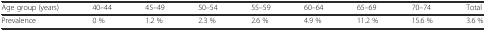
| Age group (years) | 40–44 | 45–49 | 50–54 | 55–59 | 60–64 | 65–69 | 70–74 | Total |
 | --- | --- | --- | --- | --- | --- | --- | --- | --- |
 | Prevalence | 0 % | 1.2 % | 2.3 % | 2.6 % | 4.9 % | 11.2 % | 15.6 % | 3.6 % |